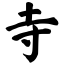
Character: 寺